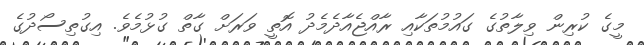
މީގެ ކުރިން ވިލާތުގެ ގައުމުތަކާއި ރާއްޖެއާދެމެދު އޮތީ ވަރަށް ގާތް ގުޅުމެވެ. އިގުތިސޯދުގެ